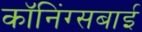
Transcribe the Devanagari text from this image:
कॉनिंग्सबाई